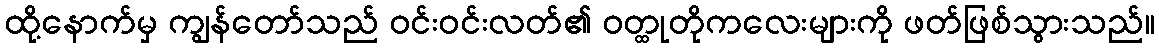
ထို့နောက်မှ ကျွန်တော်သည် ဝင်းဝင်းလတ်၏ ဝတ္ထုတိုကလေးများကို ဖတ်ဖြစ်သွားသည်။